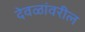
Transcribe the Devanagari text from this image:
देवळांवरील